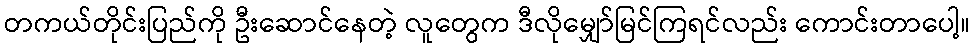
တကယ်တိုင်းပြည်ကို ဦးဆောင်နေတဲ့ လူတွေက ဒီလိုမျှော်မြင်ကြရင်လည်း ကောင်းတာပေါ့။